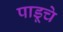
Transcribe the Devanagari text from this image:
पाडूचे